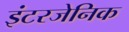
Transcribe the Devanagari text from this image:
इंटरजेनिक